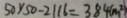
5 0 \times 5 0 - 2 1 1 6 = 3 8 4 ( m ^ { 2 } )